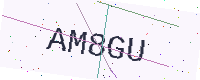
Text: AM8GU